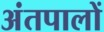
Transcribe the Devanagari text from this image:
अंतपालों